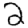
Digit: 2